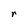
Character: r